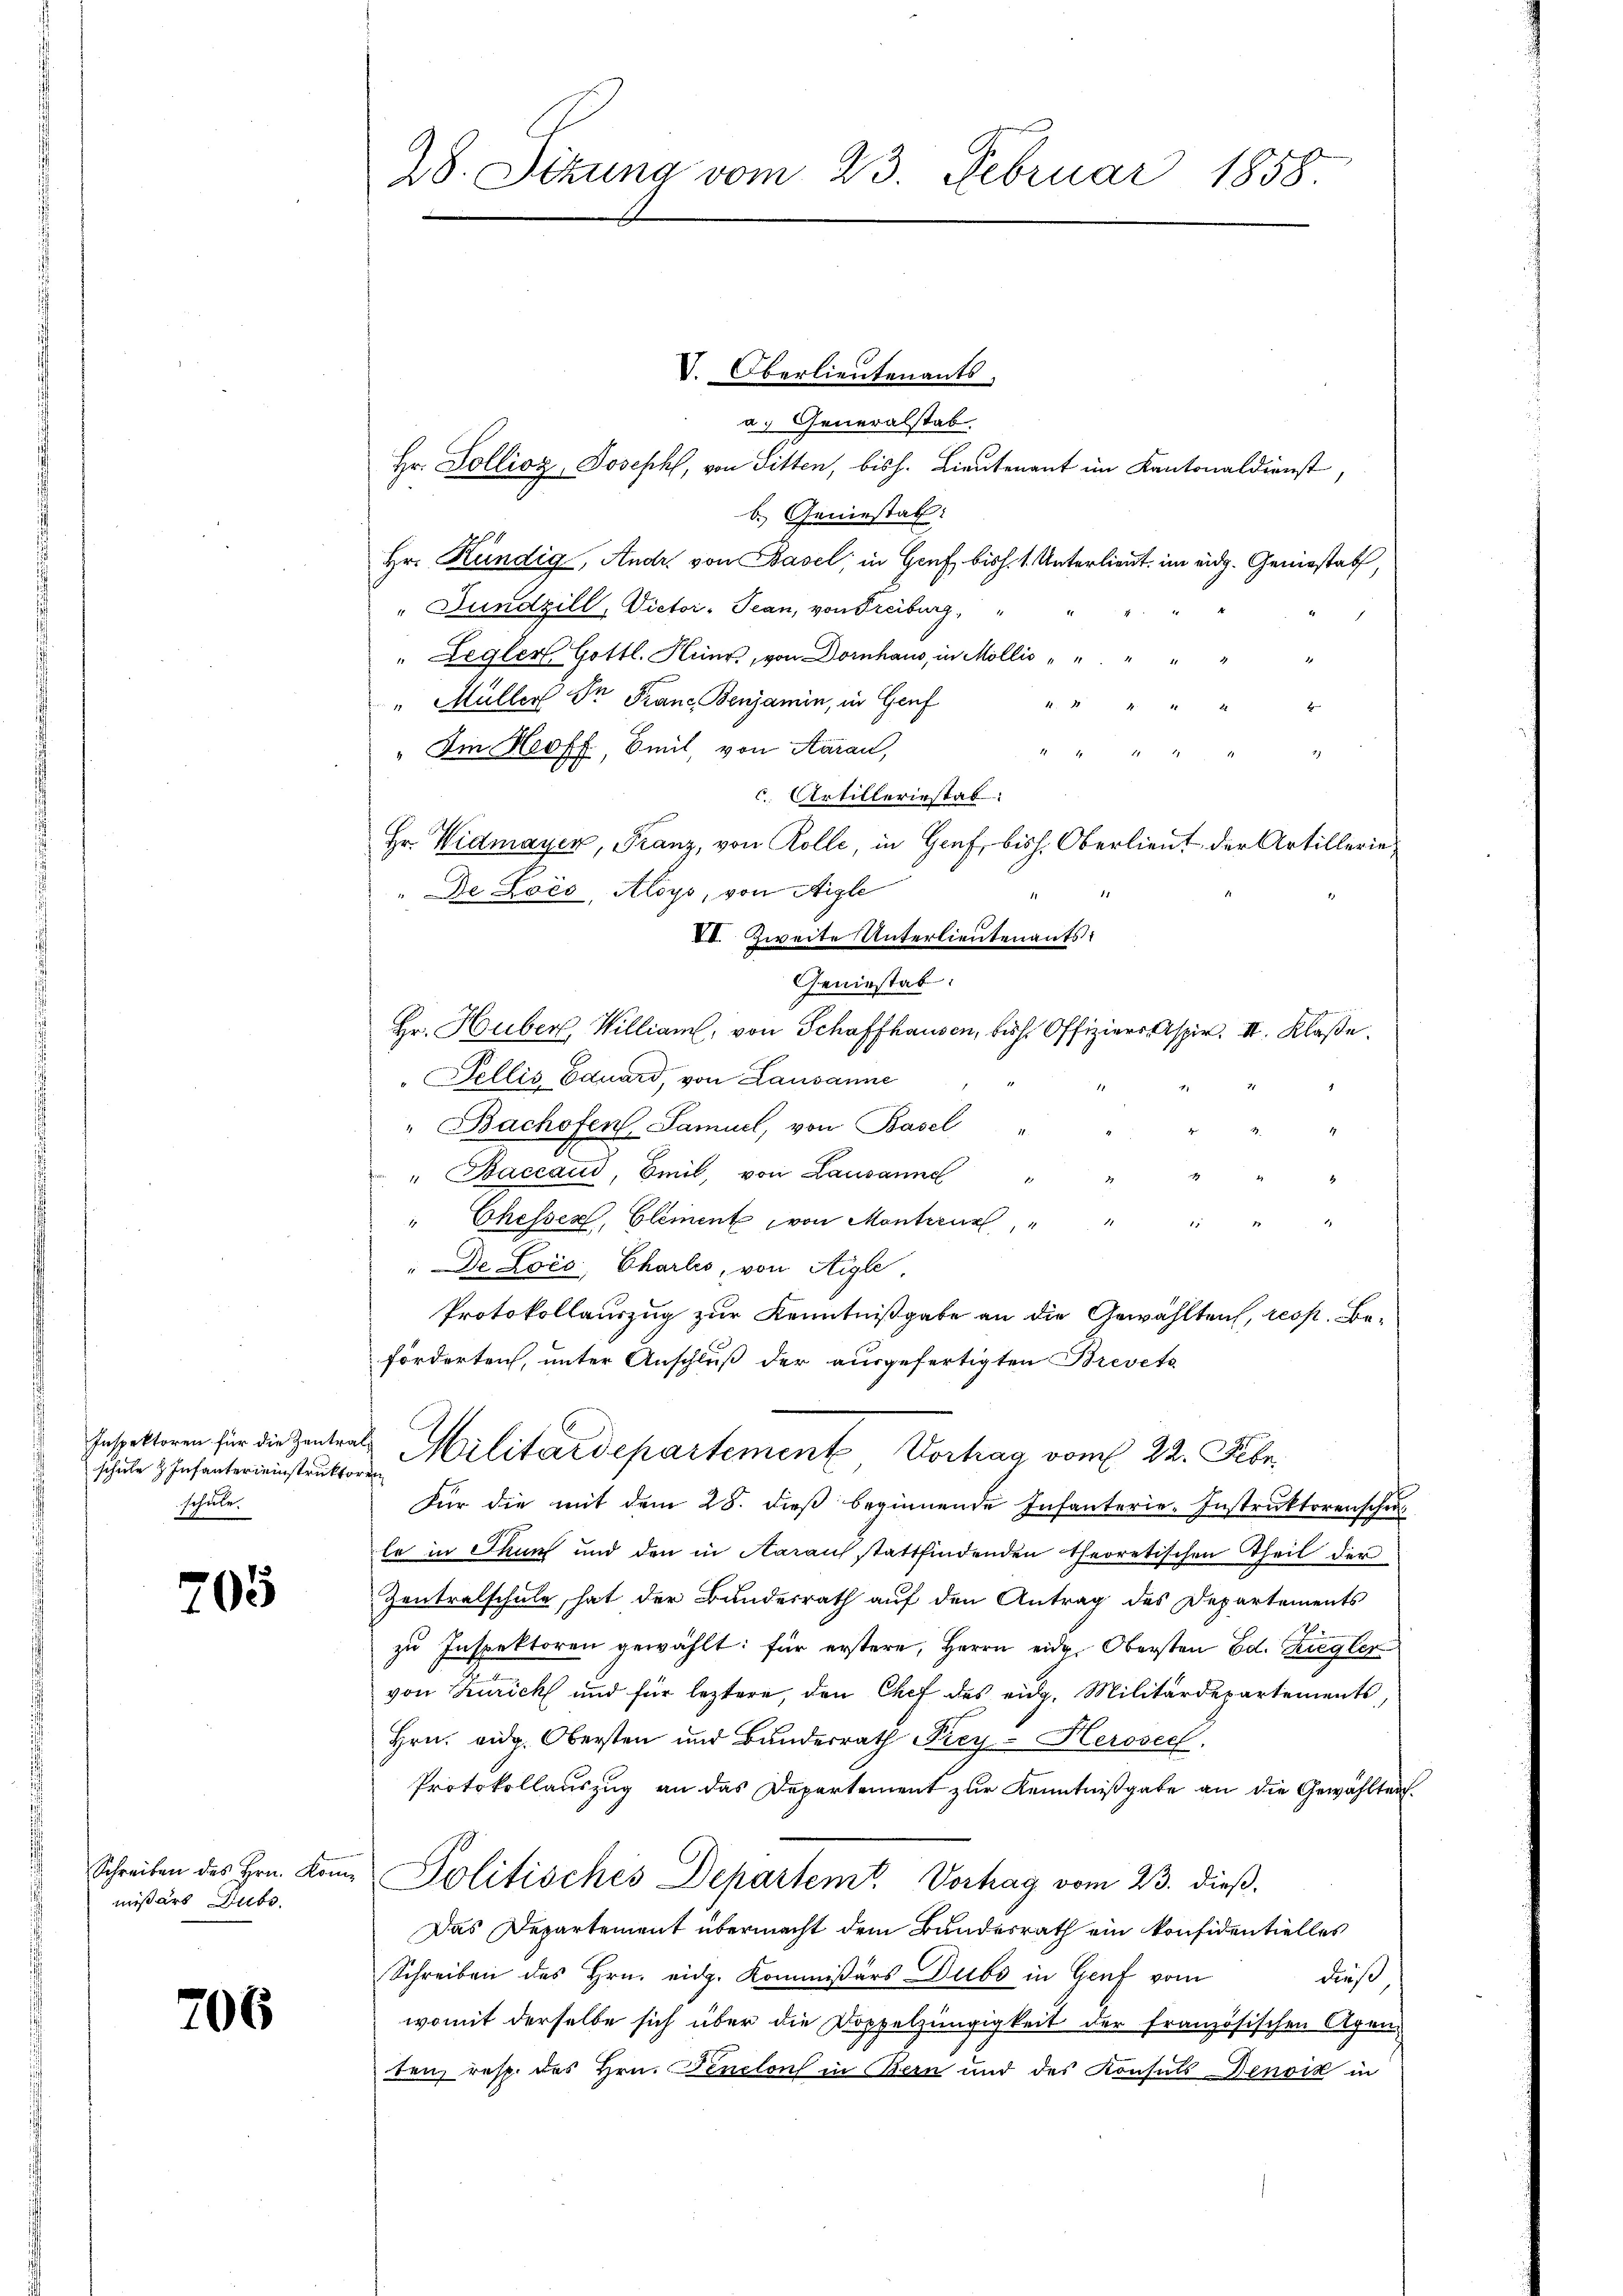
Inspektoren für die Zentraschule & Infantereinstruktor
schule.

705

Schreiben des Hrn. Kommißärs Hube

706

28. Sekung vom 23. Februar 1858.

V. Oberlieutenants,
a. Generalstab
Hr. Zollioz, Joseph, von Sitten, bish. Lieutenant im Kantonaldienst,
b. Geniestat
Hr. Kündig, Andr. von Basel; in Genf bish. 1. Unterlieut. im eidg. Geniestal
"Jundzill, Victor-Tean, von Freiburg,
"Legler Gottl. Heinr, von Dornhaus, in Mollis
" Müller Dr Franc Benjamin, in Genf
11. 14
„Im Hoff, Beil, von Aarau,
 2 25
d
C. Artilleriestat
Hr. Widmayer, Franz, von Rolle, in Genf, bish. Oberlieut der Artillerie
De Loco, Aloys, von Aigle
§. 1.
VI. Zweite Unterlieutenants:
Geniestab.
Hr. Huber, William, von Schaffhausen, bish. Offiziers Aspir. II. Klaße.
Pellis Eduard, von Lausanne
" Bachofen Samuel, von Basel "
 " Baccaud, Emil, von Lausanne
" Chesser, Element von Monter " " " " "
" De Lois, Charlis, von Aigle,
Protokollauszug zur Kenntnißgabe an die Gewählten, resp. Beförderten, unter Anschluß der ausgefertigten Breveta
u Militärdepartement Vortrag vom 22. Febr.
e
Für die mit dem 28. dieß beginnende Infanterie-Instruktorenschul
le in Thun und den in Aarauf stattfindenden theoretischen Theil der
Zentralschule, hat der Bundesrath auf den Antrag des Departements
zu Inspektoren gewählt: für erstere, Herrn eidg. Obersten Ed. Ziegler
von Zürich und für leztere, den Chef des eidg. Militärdepartements,
Hrn. eidg. Obersten und Bunderrath Frey-Herosec.
Protokollauszug an das Departement zur Kenntnißgabe an die Gewählten.
Politisches Departemt. Vorhag vom 23. dieß.
Das Departement übermacht dem Bundesrath ein konfidentielles
Schreiben des Hrn. eidg. Kommissärs Dubs in Genf vom
dieß
womit derselbe sich über die Doppelzüngigkeit der französischen Agen
ben, resp. des Hrn. Fenclons in Bern und des Konsuls Denoik in